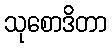
သုစောဒိတာ